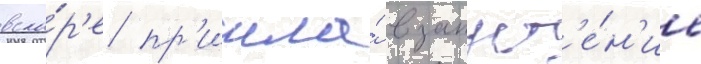
вско́р'е пр'ишла́ в запуст'е́н'ие